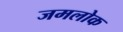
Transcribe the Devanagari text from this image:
जमलोक